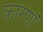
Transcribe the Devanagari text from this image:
कारणां